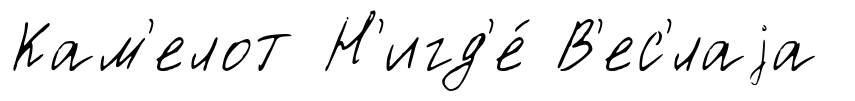
Кам'елот Н'игд'е́ В'ес'́лаjа